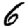
Digit: 6